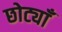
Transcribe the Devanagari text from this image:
छोट्याँ